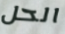
الحل